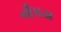
નૌપડા